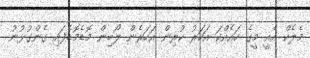
މެލެކް އެއީ މީގެ ހައެއްކަ އަހަރު ކުރިން އަހަރެން ލޯބިން މޮޑެމޮޑެފައި ގެންގުޅުނު